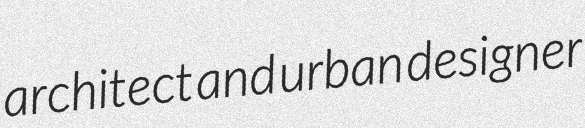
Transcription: architect and urban designer